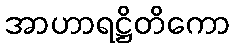
အာဟာရဋ္ဌိတိကော